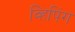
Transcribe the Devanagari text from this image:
व्हिपिंग